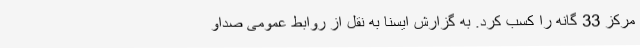
مرکز 33 گانه را کسب کرد. به گزارش ایسنا به نقل از روابط عمومی صداو